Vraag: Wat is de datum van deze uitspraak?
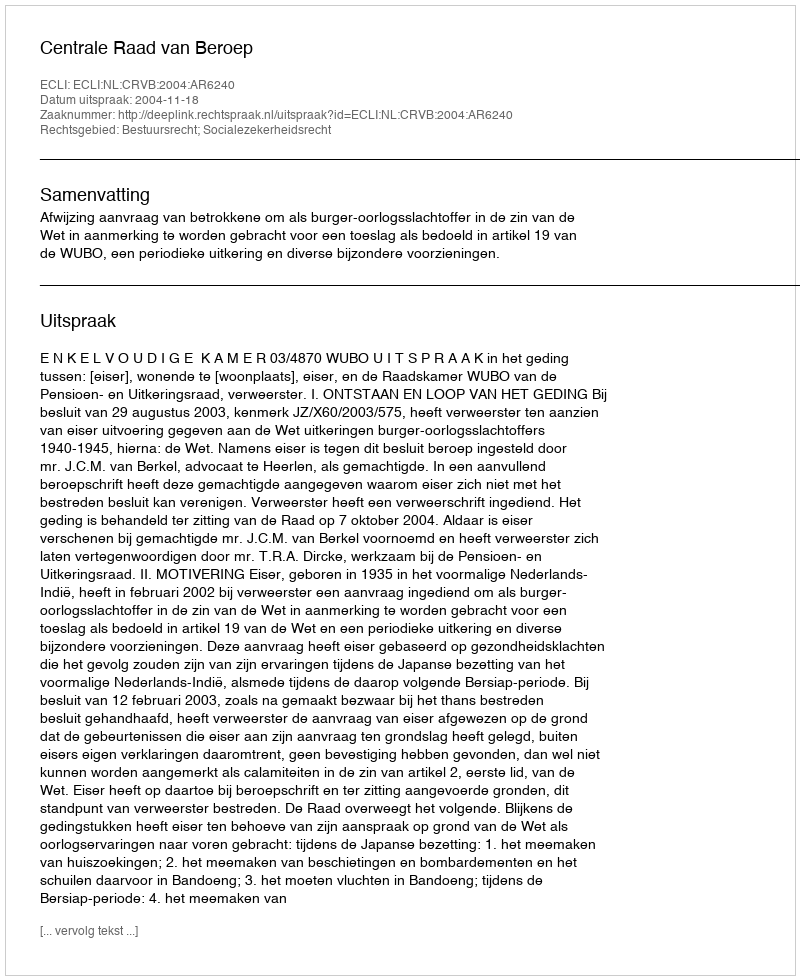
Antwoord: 2004-11-18